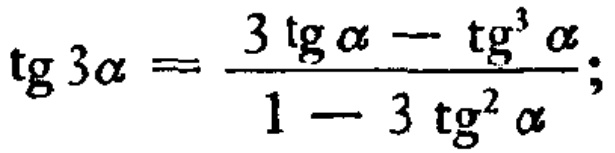
\(\text{tg }3\alpha = \frac{3\text{ tg }\alpha - \text{tg}^{3}\alpha}{1 - 3\text{tg}^{2}\alpha};\)